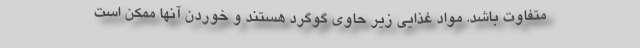
متفاوت باشد. مواد غذایی زیر حاوی گوگرد هستند و خوردن آنها ممکن است